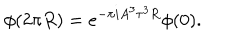
LaTeX: \phi ( 2 \pi R ) = e ^ { - \pi i A ^ { 3 } \tau ^ { 3 } R } \phi ( 0 ) .